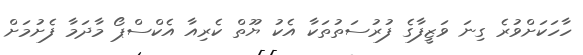
ހާހަކަށްވުރެ ގިނަ ވަޒީފާގެ ފުރުސަތުތަކާ އެކު ޔޫތް ކެރިއާ އެކްސްޕޯ މާދަމާ ފެށުމަށް